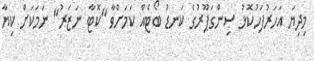
މިދިޔަ އަަހަރުފަހުކޮޅު ސިންގަޕޫރުގެ ކަނޑު ބޯޓެއް ކަމަށްވާ "ކޮޓާ ނަޒަރު" ނަމަކަށް ކިޔާ